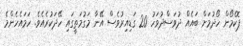
ޕޮކެމޯން ހޯދުމަށް ބައެއް ދުވަސްދުވަހު 20 ގަޑިއިރުވެސް އޭނާ މަގުމަތީގައި ހޭދަކުރެއެވެ. ހަމައެހެންމެ